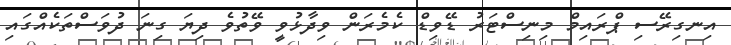
އިނގިރޭސި ޕްރައިމް މިނިސްޓަރު ޑޭވިޑް ކެމެރަން ވިދާޅުވީ ވޭތުވެ ދިޔަ ގިނަ ދުވަސްތަކެއްގައި